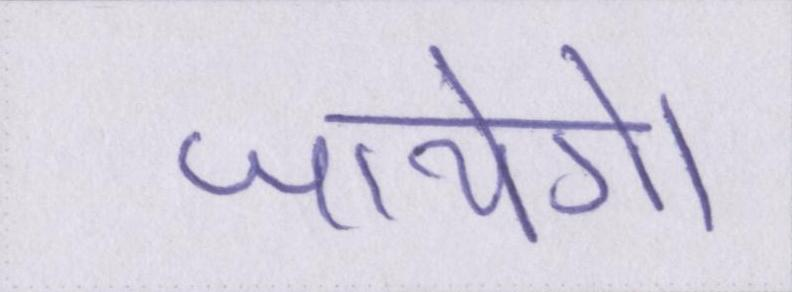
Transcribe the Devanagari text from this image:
जायेगें।